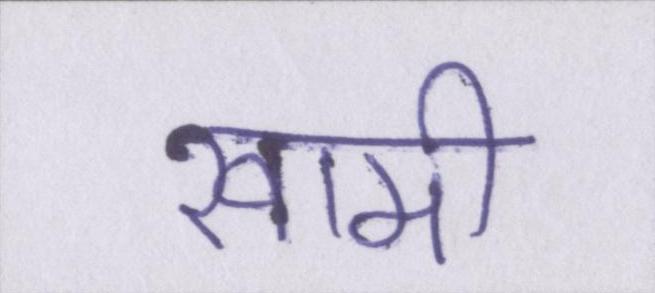
खामी